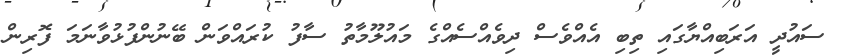
ސައުދީ އަރަބިއްޔާގައި ތިބި އެއްވެސް ދިވެއްސެއްގެ މައުލޫމާތު ސާފު ކުރައްވަން ބޭނުންފުޅުވާނަމަ ފޮރިން